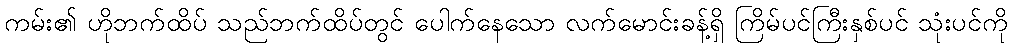
ကမ်း၏ ဟိုဘက်ထိပ် သည်ဘက်ထိပ်တွင် ပေါက်နေသော လက်မောင်းခန့်ရှိ ကြိမ်ပင်ကြီးနှစ်ပင် သုံးပင်ကို